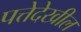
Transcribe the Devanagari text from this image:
पत्तेदेखील